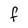
Character: f